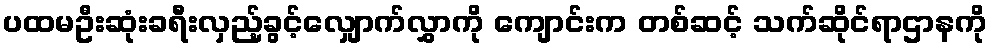
ပထမဦးဆုံးခရီးလှည့်ခွင့်လျှောက်လွှာကို ကျောင်းက တစ်ဆင့် သက်ဆိုင်ရာဌာနကို